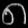
Digit: ၈